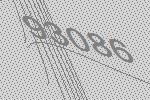
93086